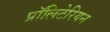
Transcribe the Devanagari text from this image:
प्रॉलिटेरियन